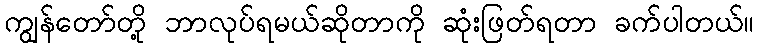
ကျွန်တော်တို့ ဘာလုပ်ရမယ်ဆိုတာကို ဆုံးဖြတ်ရတာ ခက်ပါတယ်။